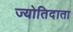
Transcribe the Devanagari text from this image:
ज्योतिदाता